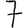
Digit: 7